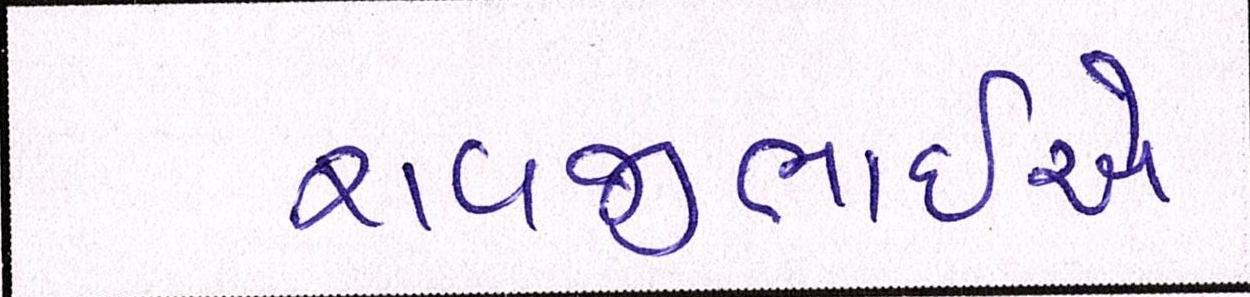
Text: રાવજીભાઈએ